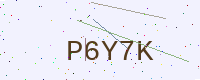
Text: P6Y7K